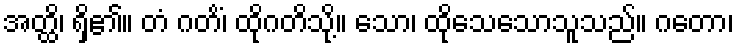
အတ္ထိ၊ ရှိ၏။ တံ ဂတိံ၊ ထိုဂတိသို့။ သော၊ ထိုသေသောသူသည်။ ဂတော၊